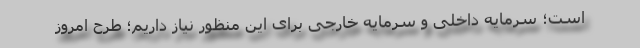
است؛ سرمایه داخلی و سرمایه خارجی برای این منظور نیاز داریم؛ طرح امروز